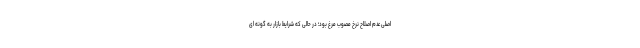
اصلی عدم اصلاح نرخ مصوب مرغ بود؛ در حالی که شرایط بازار به گونه ای